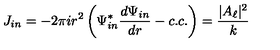
J _ { i n } = - 2 \pi i r ^ { 2 } \left( \Psi _ { i n } ^ { \ast } { \frac { d \Psi _ { i n } } { d r } } - c . c . \right) = { \frac { | A _ { \ell } | ^ { 2 } } { k } }